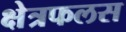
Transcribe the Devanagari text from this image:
क्षेत्रफलस